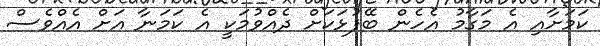
ކަމަށާއި އެ މަގާމު އެހެން ބޭފުޅަކަށް ދެއްވުމަކީ އެ ކަމަނާ އަށް އެއްވެސް